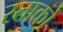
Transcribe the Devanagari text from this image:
स्ताको